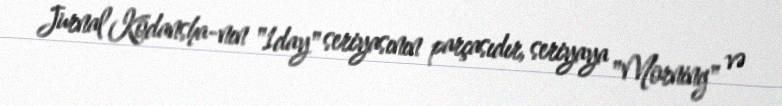
Jurnal Kodansha-nın "1day" seriyasının parçasıdır, seriyaya "Morning" və